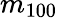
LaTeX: m_{100}